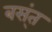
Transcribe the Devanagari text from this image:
बस्ंत